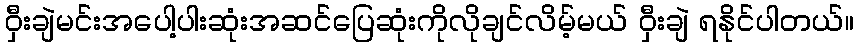
ဝှီးချဲမင်းအပေါ့ပါးဆုံးအဆင်ပြေဆုံးကိုလိုချင်လိမ့်မယ် ဝှီးချဲ ရနိုင်ပါတယ်။